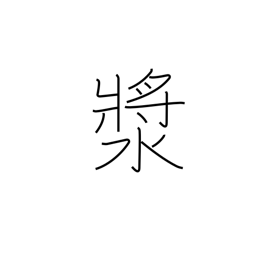
Meaning: a drink